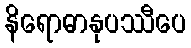
နိရောဓာနုပဿီပေ